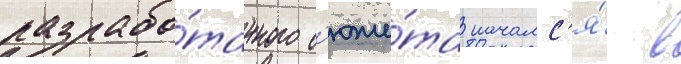
разрабо́танного с'юже́та началс'я́ в